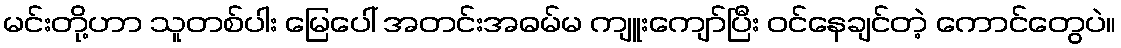
မင်းတို့ဟာ သူတစ်ပါး မြေပေါ် အတင်းအဓမ်မ ကျူးကျော်ပြီး ဝင်နေချင်တဲ့ ကောင်တွေပဲ။